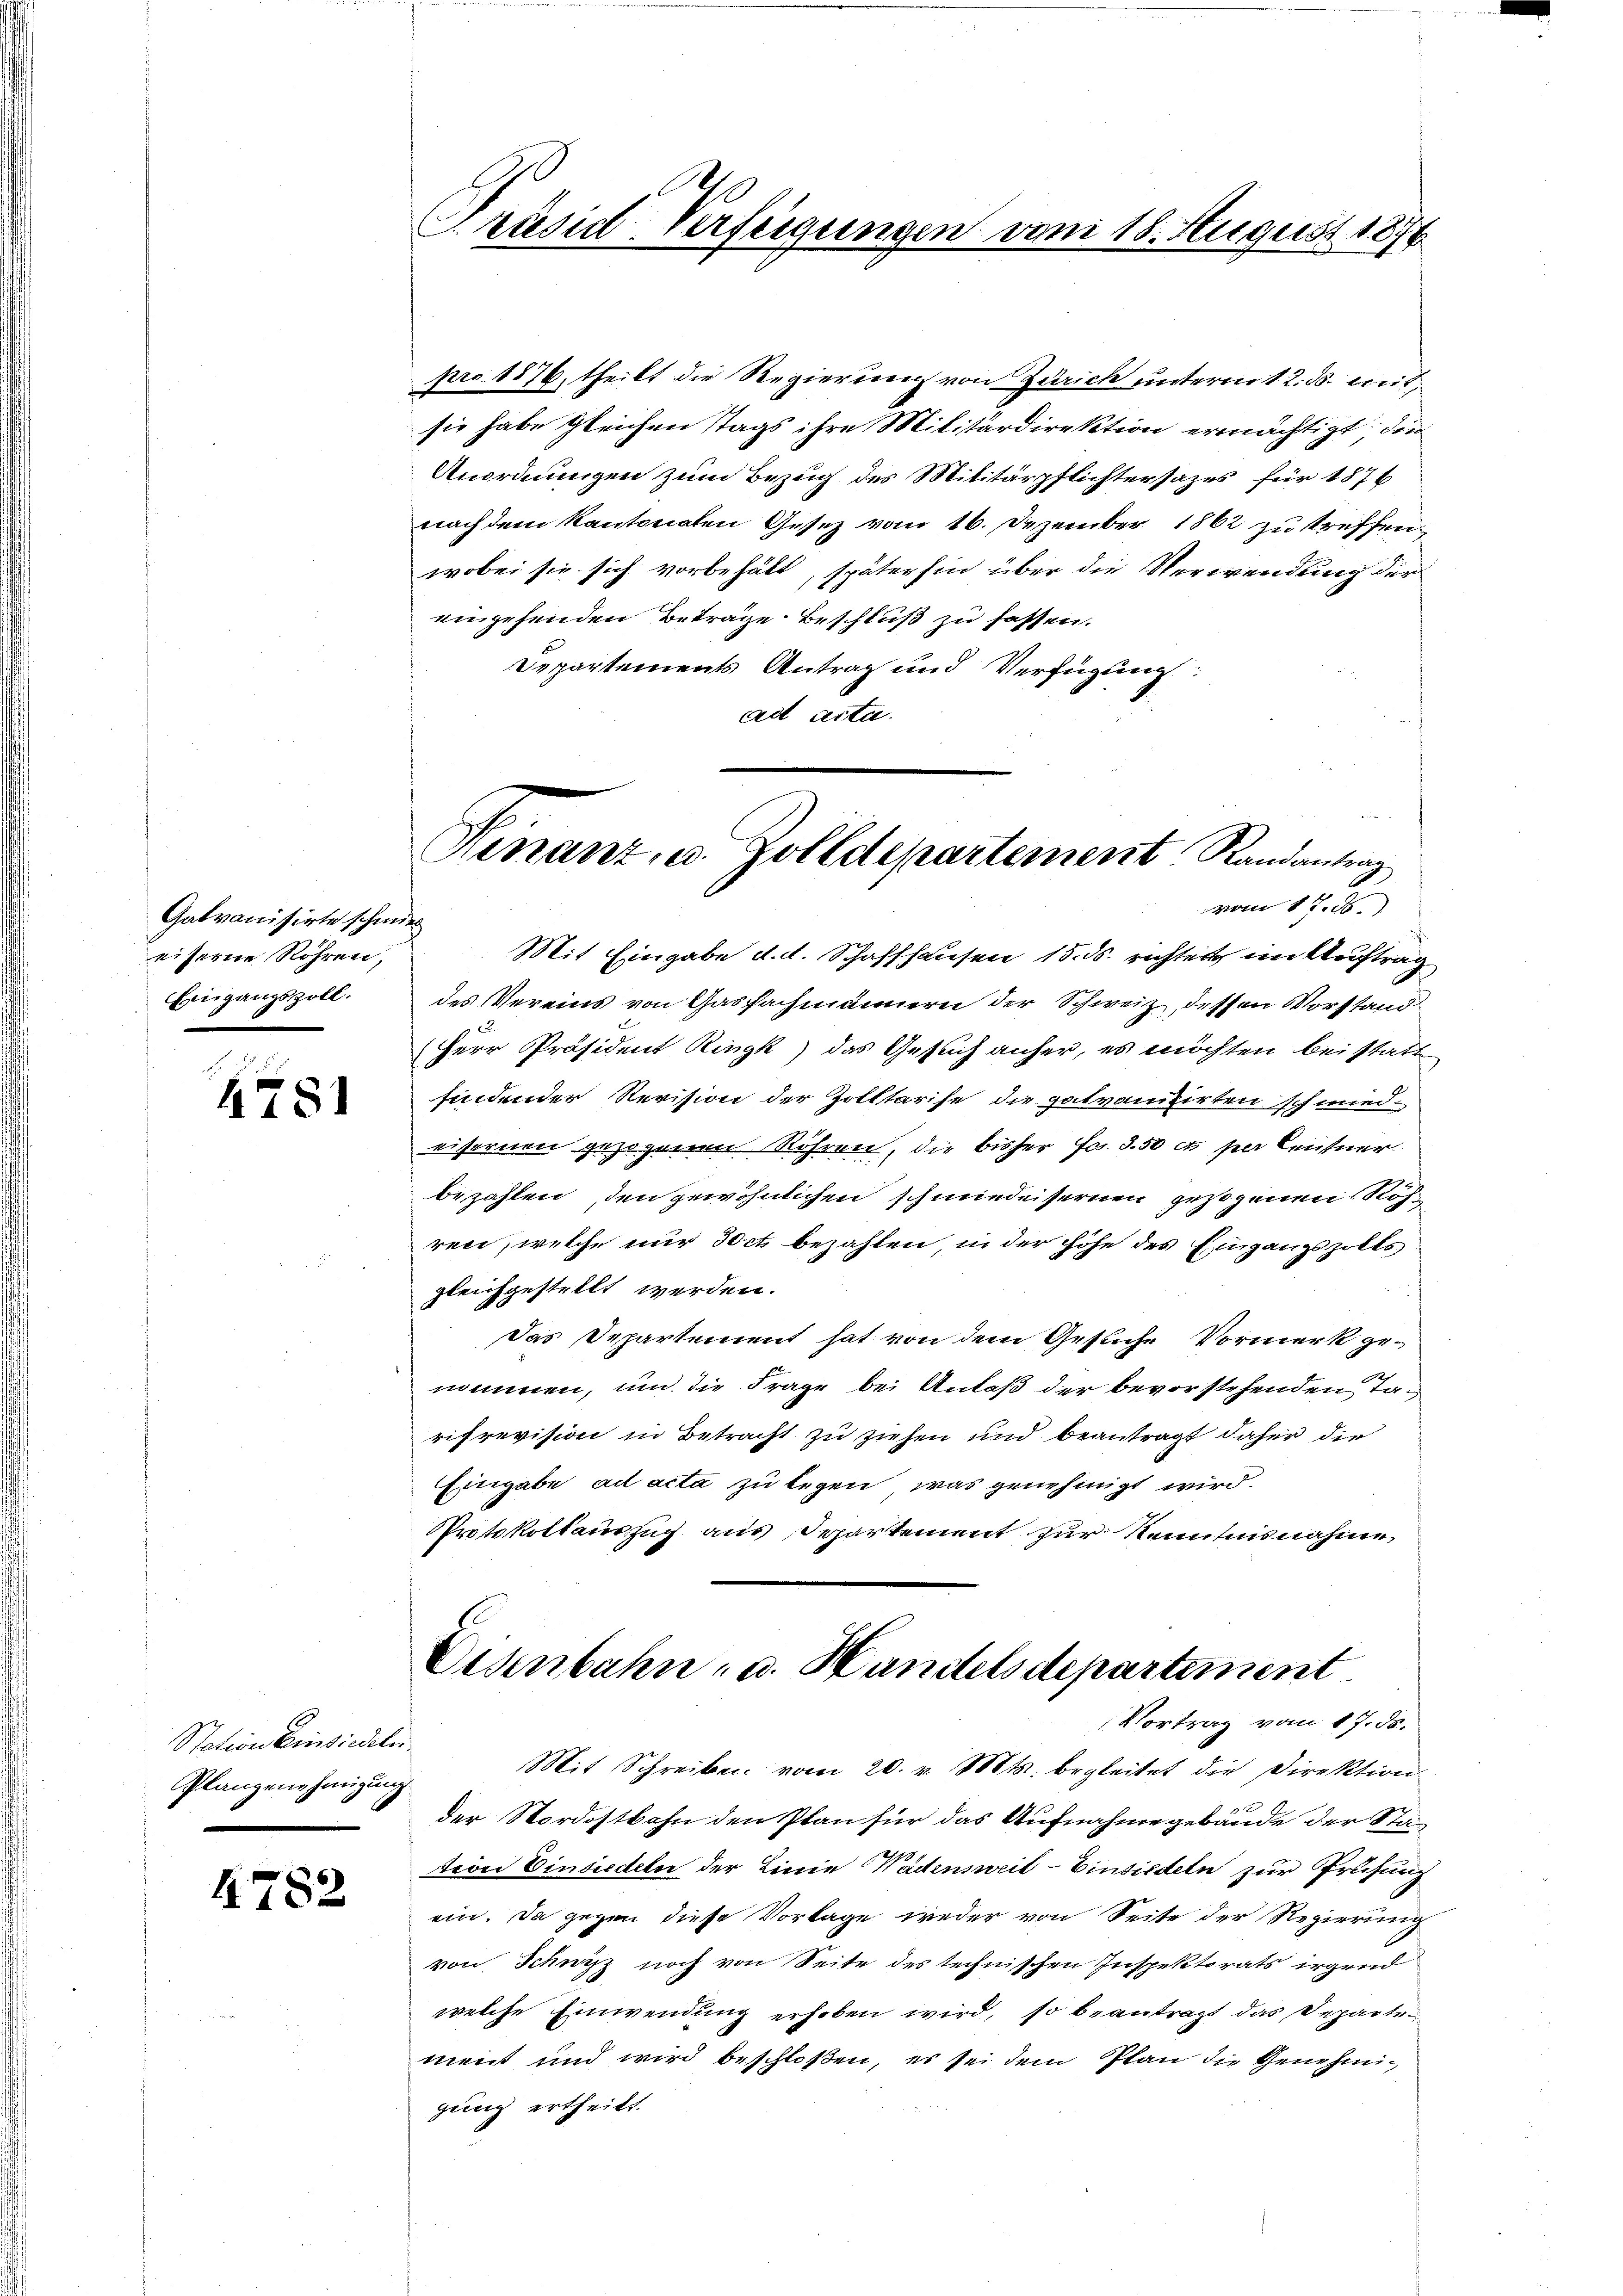
Gatranisirte schmied
eiserne Röhren,
Eingangszoll.

4781

Station Einsiedeln
Plangenehmigung

4782

Präsid-Verfeigungen vom 18. August 1876

pro 1876, theilt die Regierung von Zürich unterm 1. 2. ds. mitsie habe gleichen Tags ihre Militärdirektion ermächtigt die
Anordungen zum Bezug des Militärpflichtersazes für 187
nach dem Kantonaten Gesetz vom 16. Dezember 1862 zu treffen.
wobei sie sich vorbehält, späterhin über die Verwendung der
engehenden Beträge Beschluß zu fassen.
Departements Antrag und Verfügung:
ad acta.
vom 17. d.
Mit Eingabe d. d. Schaffhausen 15. ds. richteit im Auftrag
des Vereins von Gasfachmännern der Schweiz, dessen Vorstand
Herr Präsident Ringk) das Gesuch anher, es möchten bei statt
findender Revision der Zolltarise die gatvanisirten schmiedeisernen gezogenen Röhren, die bisher Fr. 3.50 ct per Centner
bezahlen, den gewöhnlichen schmiedeisernen gezogenen Röh
ren, welche nur dort bezahlen, in der Höhe des Eingangszolts
gleichgestellt werden.
Das Departement hat von dem Gesuche Vormerk genommen, und die Frage bei Anlaß der bevorstehenden Tarifrevision in Betracht zu ziehen und beantragt daher die
Eingabe ad acta zu legen, was genehmigt wird.
Protokollauszug aus Departement zur Kenntnisnahme
Eisenbahn, u. Handelsdepartement
Vortrag vom 17. ds.
Mit Schreiben vom 20. v. Mts. begleitet die Direktion
der Nordostbahn den Plan für das Aufnahme gebäude der Sta-
teon Einsiedeln der Linie Wadensweil–Einsiedeln zur Prüfung
ein. Da gegen diese Vorlage weder von Seite der Regierung
von Schwyz noch von Seite des technischen Inspektorats irgend
welche Einwendung erhoben wird, so beantragt das Departen
ment und wird beschloßen, es sei dem Plan die Genehmigung ertheilt.

a
Hinanz, u. Zolldepartement Randantrag